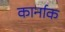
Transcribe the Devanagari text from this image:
कार्नाक